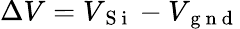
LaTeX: \Delta V=V_{\mathrm{~S~i~}}-V_{\mathrm{~g~n~d~}}